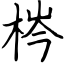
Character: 梣